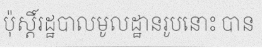
ប៉ុស្តិ៍រដ្ឋបាលមូលដ្ឋានរូបនោះ បាន